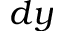
d y